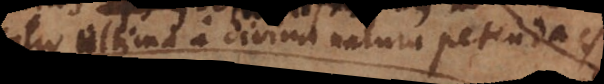
ratio ultima a divina natura petenda est.